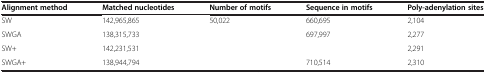
<table><thead><tr><td><b>Alignment method</b></td><td><b>Matched nucleotides</b></td><td><b>Number of motifs</b></td><td><b>Sequence in motifs</b></td><td><b>Poly-adenylation sites</b></td></tr></thead><tbody><tr><td>SW</td><td>142,965,865</td><td>50,022</td><td>660,695</td><td>2,104</td></tr><tr><td>SWGA</td><td>138,315,733</td><td>[EMPTY_CELL]</td><td>697,997</td><td>2,277</td></tr><tr><td>SW+</td><td>142,231,531</td><td>[EMPTY_CELL]</td><td>[EMPTY_CELL]</td><td>2,291</td></tr><tr><td>SWGA+</td><td>138,944,794</td><td>[EMPTY_CELL]</td><td>710,514</td><td>2,310</td></tr></tbody></table>